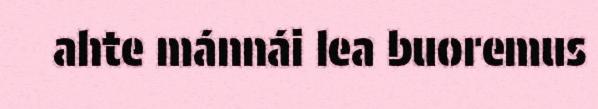
ahte mánnái lea buoremus